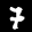
Label: 7